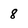
Character: 8